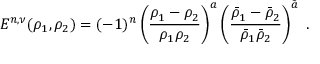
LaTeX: E ^ { n , \nu } ( \rho _ { 1 } , \rho _ { 2 } ) = ( - 1 ) ^ { n } \left( \frac { \rho _ { 1 } - \rho _ { 2 } } { \rho _ { 1 } \rho _ { 2 } } \right) ^ { a } \left( \frac { \bar { \rho } _ { 1 } - \bar { \rho } _ { 2 } } { \bar { \rho } _ { 1 } \bar { \rho } _ { 2 } } \right) ^ { \tilde { a } } \ .